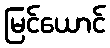
မြင်ယောင်